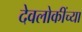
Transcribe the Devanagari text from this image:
देवलोकींच्या